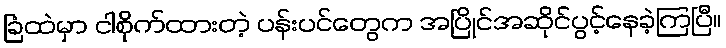
ခြံထဲမှာ ငါစိုက်ထားတဲ့ ပန်းပင်တွေက အပြိုင်အဆိုင်ပွင့်နေခဲ့ကြပြီ။